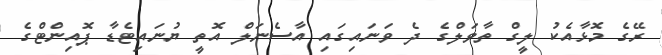
ރޭގެ މޮޅާއެކު ލީގް ތާވަލްގެ ދެ ވަނައިގައި އާސެނަލް އޮތީ ޔުނައިޓެޑާ ޕޮއިންޓްގެ